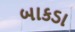
બાકડા